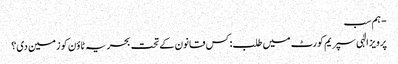
- ہم سب
پرویز الٰہی سپریم کورٹ میں طلب: کس قانون کے تحت بحریہ ٹاؤن کو زمین دی؟